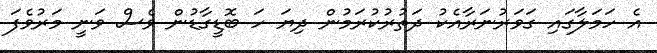
އެ ހަމަލާގައި ގަވަރުނަރާއެކު ދަތުރުކުރަމުން ދިޔަ ހަ ބޮޑީގާޑުން ވެސް ވަނީ މަރުވެފަ